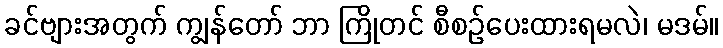
ခင်ဗျားအတွက် ကျွန်တော် ဘာ ကြိုတင် စီစဉ်ပေးထားရမလဲ၊ မဒမ်။